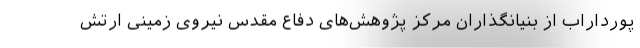
پورداراب از بنیانگذاران مرکز پژوهش‌های دفاع مقدس نیروی زمینی ارتش